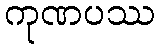
ကုဏပဿ